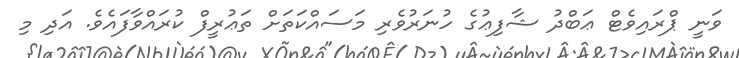
ވަނީ ޕްރައިވެޓް ޢަބްދު ޝާފިޢުގެ ހުނަރުވެރި މަސައްކަތަށް ތަޢުރީފް ކުރައްވާފައެވެ. އަދި މި